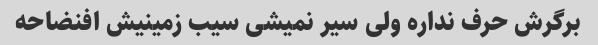
برگرش حرف نداره ولی سیر نمیشی سیب زمینیش افنضاحه